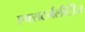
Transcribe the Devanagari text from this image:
एक्सटर्नलीटीज़